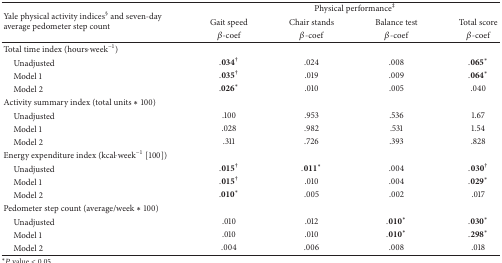
| <ROWSPAN=3> Yale physical activity indices§ and seven-day average pedometer step count | <COLSPAN=4> Physical performance‡ |
 | Gait speed | Chair stands | Balance test | Total score |
 | β-coef | β-coef | β-coef | β-coef |
 | --- | --- | --- | --- | --- |
 | Total time index (hours·week−1) |  |  |  |  |
 | Unadjusted | .034† | .024 | .008 | .065* |
 | Model 1 | .035† | .019 | .009 | .064* |
 | Model 2 | .026* | .010 | .005 | .040 |
 | Activity summary index (total units ∗ 100) |  |  |  |  |
 | Unadjusted | .100 | .953 | .536 | 1.67 |
 | Model 1 | .028 | .982 | .531 | 1.54 |
 | Model 2 | .311 | .726 | .393 | .828 |
 | Energy expenditure index (kcal·week−1 [100]) |  |  |  |  |
 | Unadjusted | .015† | .011* | .004 | .030† |
 | Model 1 | .015† | .010 | .004 | .029* |
 | Model 2 | .010* | .005 | .002 | .017 |
 | Pedometer step count (average/week ∗ 100) |  |  |  |  |
 | Unadjusted | .010 | .012 | .010* | .030* |
 | Model 1 | .010 | .010 | .010* | .298* |
 | Model 2 | .004 | .006 | .008 | .018 |